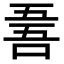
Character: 𠵥